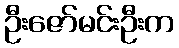
ဦးဇော်မင်းဦးက